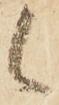
候